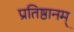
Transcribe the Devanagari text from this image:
प्रतिष्ठानम्